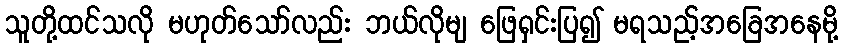
သူတို့ထင်သလို မဟုတ်သော်လည်း ဘယ်လိုမျ ဖြေရှင်းပြ၍ မရသည့်အခြေအနေမို့